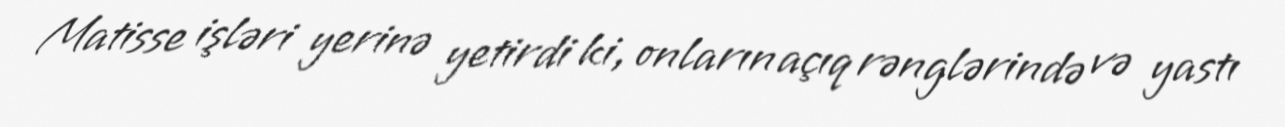
Matisse işləri yerinə yetirdi ki, onların açıq rənglərində və yastı